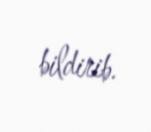
bildirib.